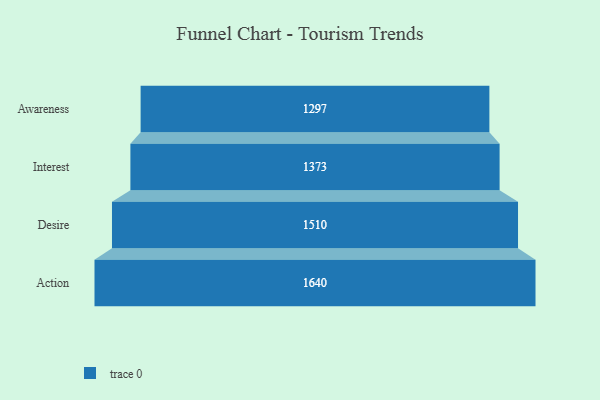
{"axis": {"x": "Stage", "y": "Value"}, "legend": [""], "data": [{"x": "Awareness", "y": 1297.0, "type": ""}, {"x": "Interest", "y": 1373.0, "type": ""}, {"x": "Desire", "y": 1510.0, "type": ""}, {"x": "Action", "y": 1640.0, "type": ""}]}